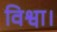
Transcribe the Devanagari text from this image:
विश्वा।